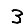
Digit: 3